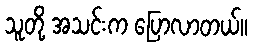
သူတို့ အသင်းက ပြောလာတယ်။